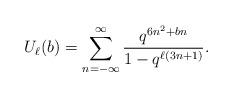
LaTeX: \begin{align*}U_\ell(b) &= \sum_{n=-\infty}^\infty \frac{q^{6n^2+bn}}{1-q^{\ell(3n+1)}}.\end{align*}